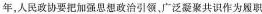
年，人民政协要把加强思想政治引领，广泛凝聚共识作为履职